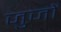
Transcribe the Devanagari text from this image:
जुजों